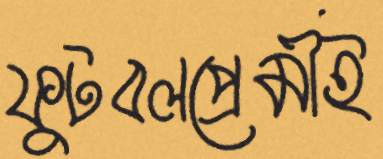
ফুটবলপ্রেমীই